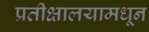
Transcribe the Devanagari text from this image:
प्रतीक्षालयामधून